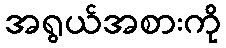
အရွယ်အစားကို